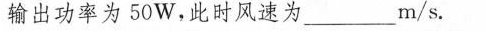
输出功率为50W，此时风速为_____m/s。